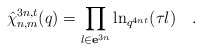
\begin{align*}\hat{\chi}_{n,m}^{3n,t}(q)=\prod\limits_{l\in {\bf e}^{3n}}\ln_{q^{4nt}}(\tau l)\quad .\quad \end{align*}